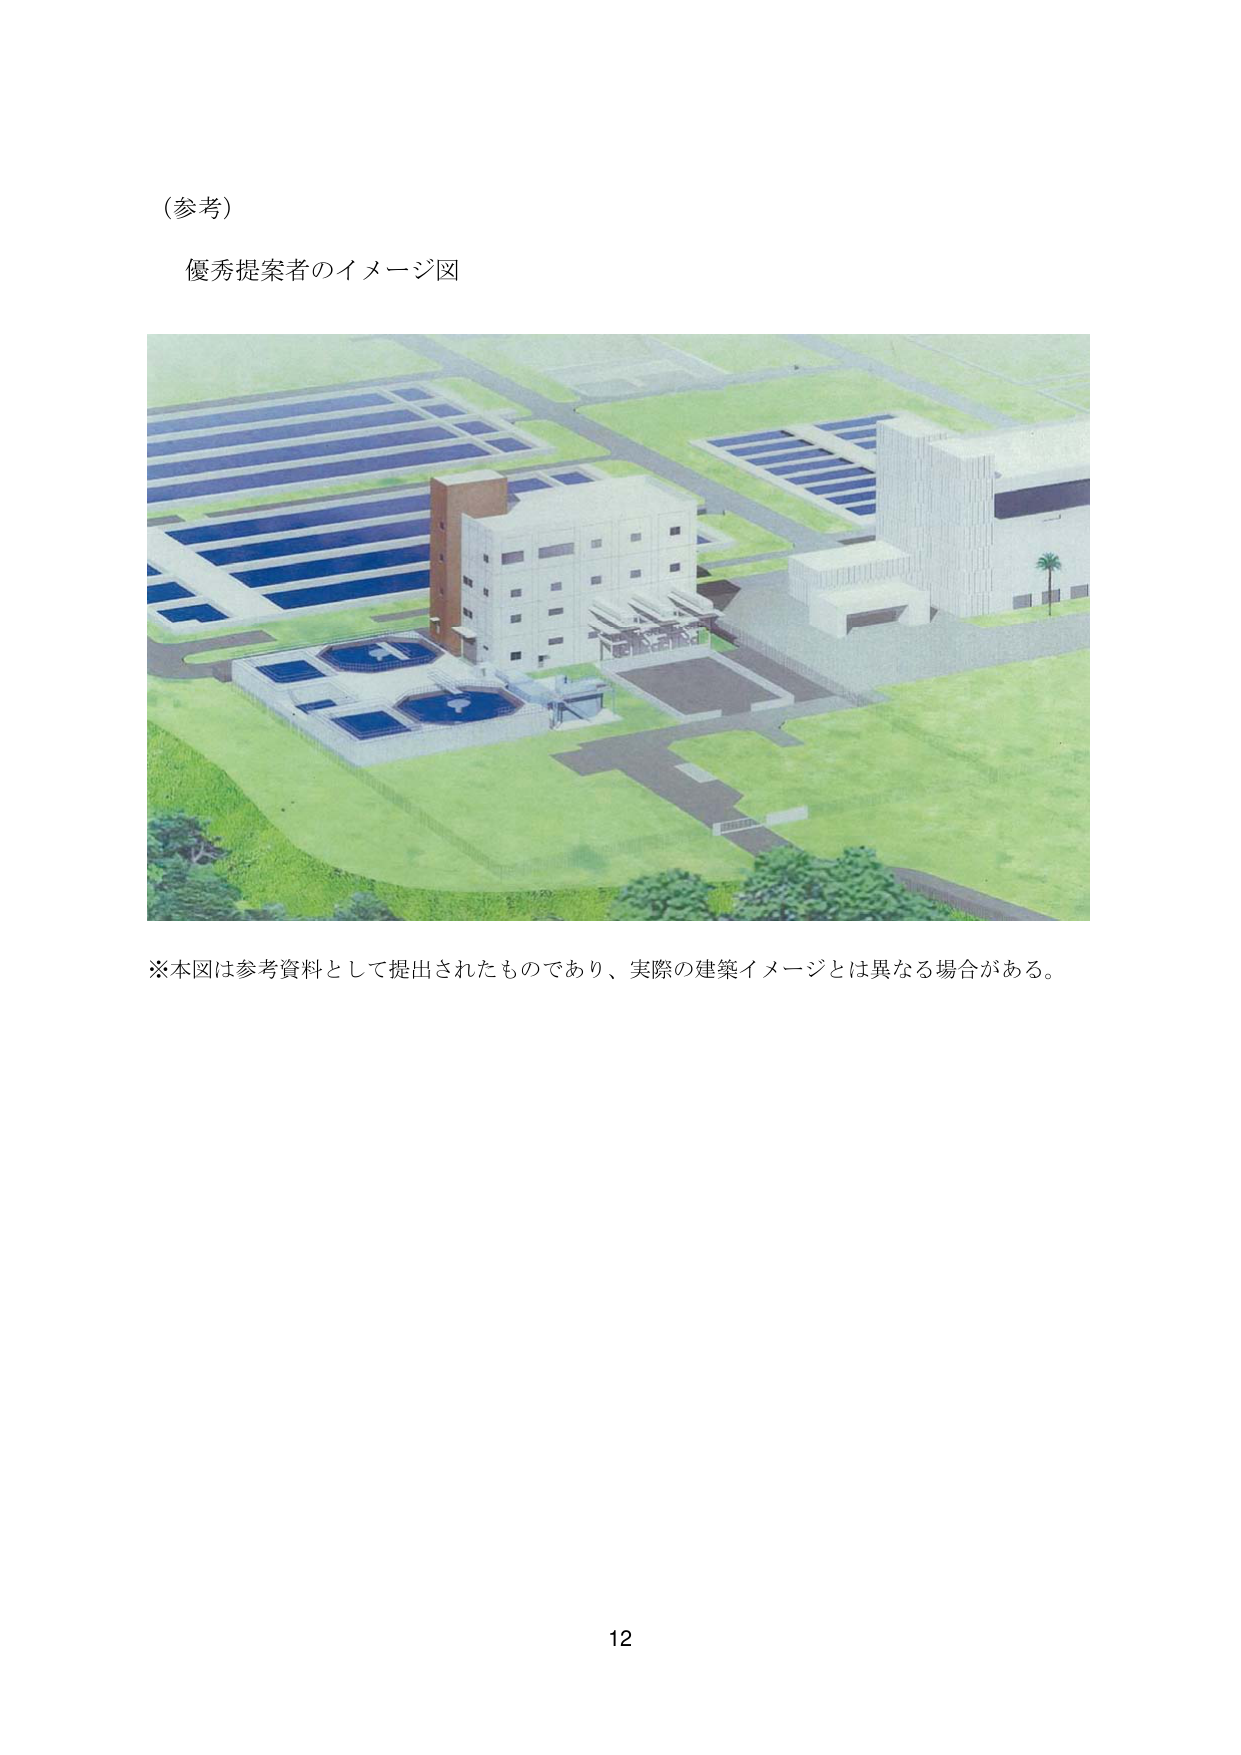
(参考)

優秀提案者のイメージ図

※本図は参考資料として提出されたものであり、実際の建築イメージとは異なる場合がある。

12